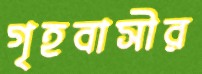
গৃহবাসীর